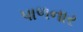
પાળનાર